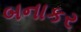
બનાકર